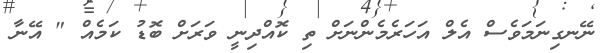
ނޭނގިނަމަވެސް އެލް އަހަރެމެންނަށް ތި ކޮއްދިނީ ވަރަށް ބޮޑު ކަމެއް " އޭނާ